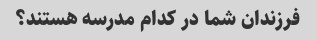
فرزندان شما در کدام مدرسه هستند؟